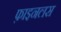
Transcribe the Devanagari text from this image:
फ़ाइनलस